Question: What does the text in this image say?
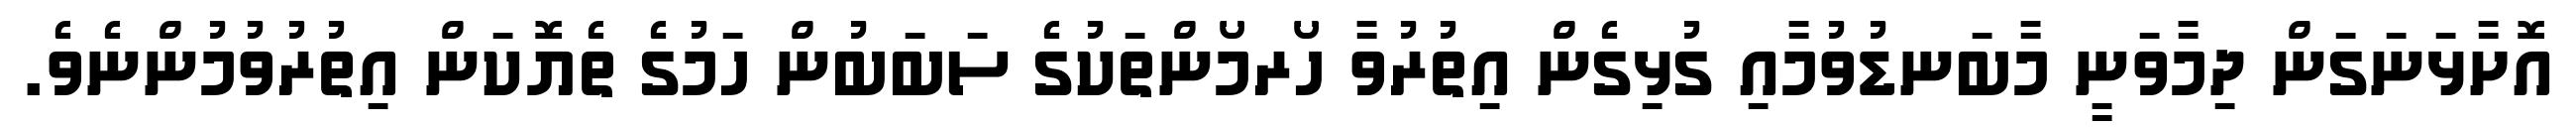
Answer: އޮށާޅަނަގަން ދިމާވަނީ މާބަނޑުވުމާއި ގުޅިގެން އިތުރުވާ ހޯރމޯންތަކުގެ ސަބަބުން ހަމުގެ ތެޔޮކަން އިތުރުވުމުންނެވެ.